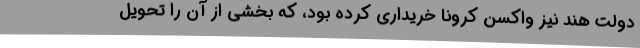
دولت هند نیز واکسن کرونا خریداری کرده بود، که بخشی از آن را تحویل